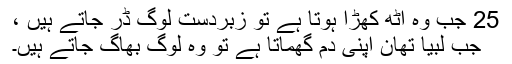
25 جب وہ اٹھ کھڑا ہوتا ہے تو زبردست لوگ ڈر جاتے ہیں ،
جب لبیا تھان اپنی دم گھماتا ہے تو وہ لوگ بھاگ جاتے ہیں۔